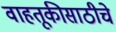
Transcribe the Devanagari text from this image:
वाहतूकीसाठीचे